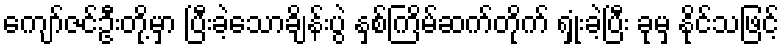
ကျော်ဇင်ဦးတို့မှာ ပြီးခဲ့သောချိန်းပွဲ နှစ်ကြိမ်ဆက်တိုက် ရှုံးခဲ့ပြီး ခုမှ နိုင်သဖြင့်